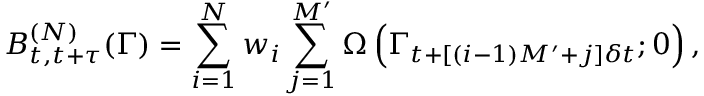
B _ { t , t + \tau } ^ { ( N ) } ( \Gamma ) = \sum _ { i = 1 } ^ { N } w _ { i } \sum _ { j = 1 } ^ { M ^ { \prime } } \Omega \left( \Gamma _ { t + [ ( i - 1 ) M ^ { \prime } + j ] \delta t } ; 0 \right) ,